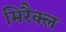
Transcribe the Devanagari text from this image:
मिरैक्ल